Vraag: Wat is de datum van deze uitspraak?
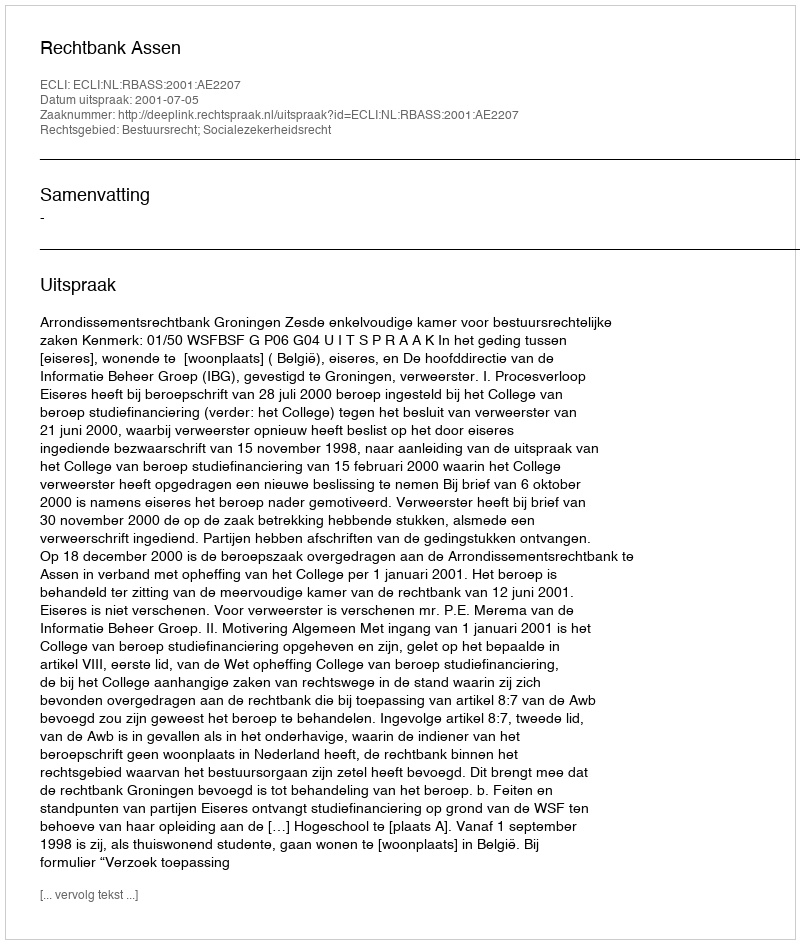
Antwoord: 2001-07-05